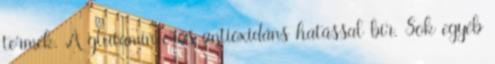
termék. A glutamin erős antioxidáns hatással bír. Sok egyéb